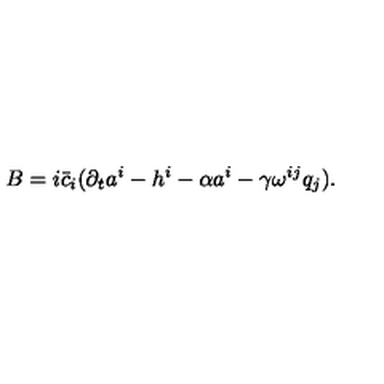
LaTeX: B = i \bar { c } _ { i } ( \partial _ { t } a ^ { i } - h ^ { i } - \alpha a ^ { i } - \gamma \omega ^ { i j } q _ { j } ) .